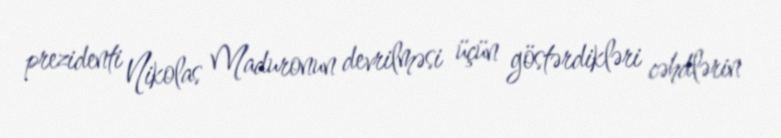
prezidenti Nikolas Maduronun devrilməsi üçün göstərdikləri cəhdlərin